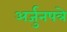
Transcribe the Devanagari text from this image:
अर्जुनपत्रे